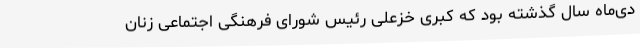
دی‌ماه سال گذشته بود که کبری خزعلی رئیس شورای فرهنگی اجتماعی زنان